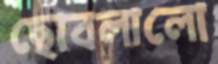
ছোবলালো